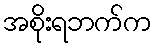
အစိုးရဘက်က